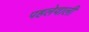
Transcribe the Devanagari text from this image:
पहलेवाली